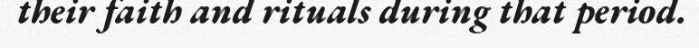
their faith and rituals during that period.